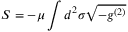
S = - \mu \int d ^ { 2 } \sigma \sqrt { - g ^ { ( 2 ) } }